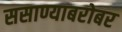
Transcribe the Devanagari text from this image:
ससाण्याबरोबर